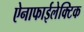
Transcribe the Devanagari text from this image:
ऐनाफाईलेक्टिक